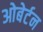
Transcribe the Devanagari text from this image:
ओबेर्टन